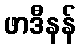
ဖာဒီနန်